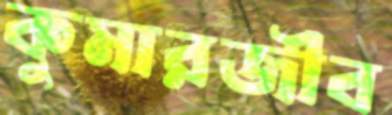
কুমারজীব